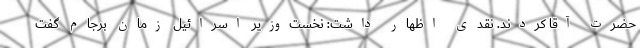
حضرت آقا کردند. نقدی اظهار داشت: نخست‌وزیر اسرائیل زمان برجام گفت